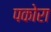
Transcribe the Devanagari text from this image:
पकोरा